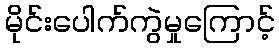
မိုင်းပေါက်ကွဲမှုကြောင့်